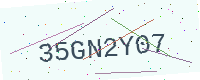
Text: 35GN2Y07